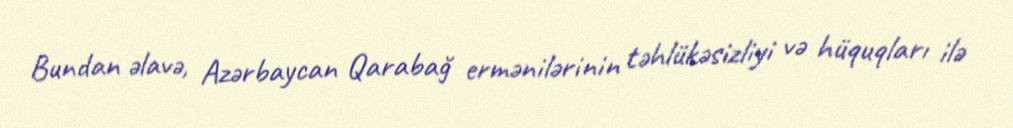
Bundan əlavə, Azərbaycan Qarabağ ermənilərinin təhlükəsizliyi və hüquqları ilə